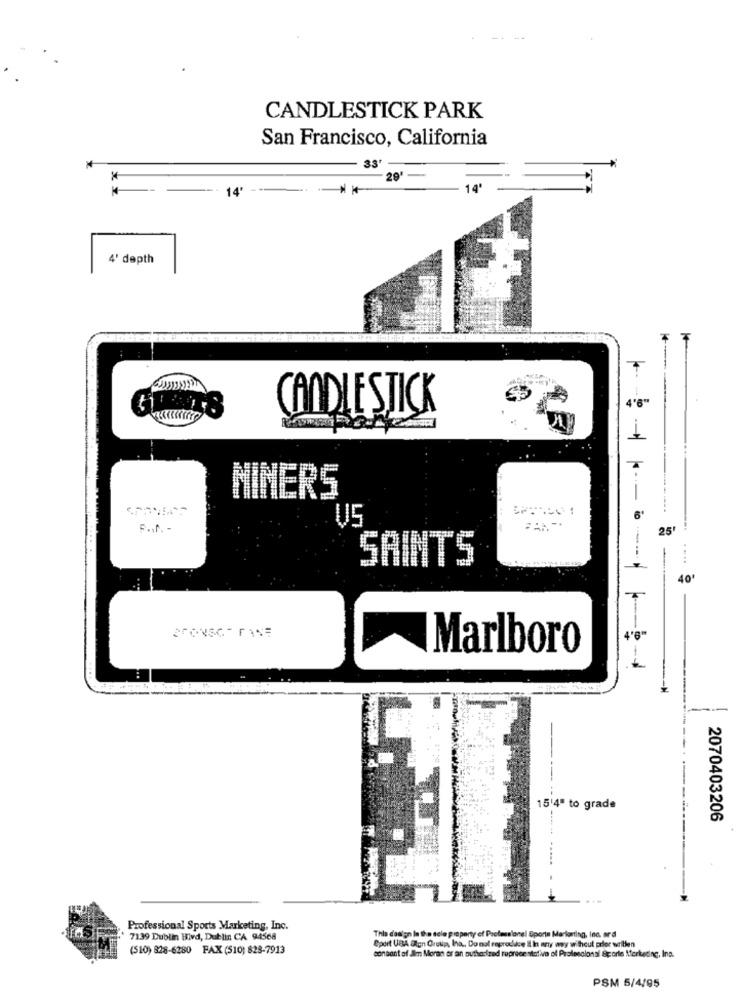
CANDLESTICK PARK
San Francisco, California
33'
*
29
14'
4' depth
--
CANDLE STICK
MIMERS
-
6'
VS
25
SAINTS
40'
Marlboro
---
15'4ª to grade
2070403206
-----
LI
Professional Sports Marketing, Inc.
7139 Dublin Blvd, Dublin CA 94568
Thla dasign In the sele property of Professional Sports Marionting, Inc. ard
(510) 828-6280 FAX (510) 828-7913
Sport UBA algn Orolig, Ina ., Donal reproduce I In any way without prior willen
consant af Jim Moran or an authorized roprece stative of Professional Sporte Sterkeding, Ina.
PSM 5/4/95